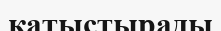
қатыстырады